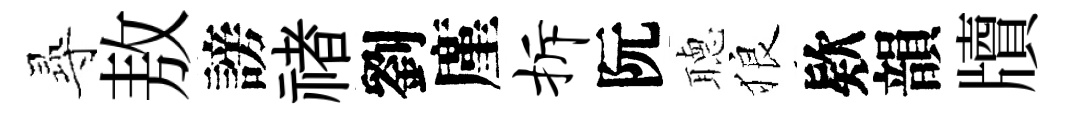
𡬶敖謗禇劉廑拆阮𦗟狼欵韻牘